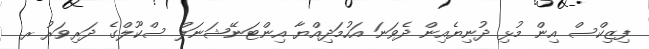
ފިޒިކްސް އިން މުޅި ދުނިޔެއިން ދެވަނަ އަހުމަދިއްޔާ އިންޓަނޭޝަނަލް ސްކޫލްގެ ދަރިވަރު ރ.